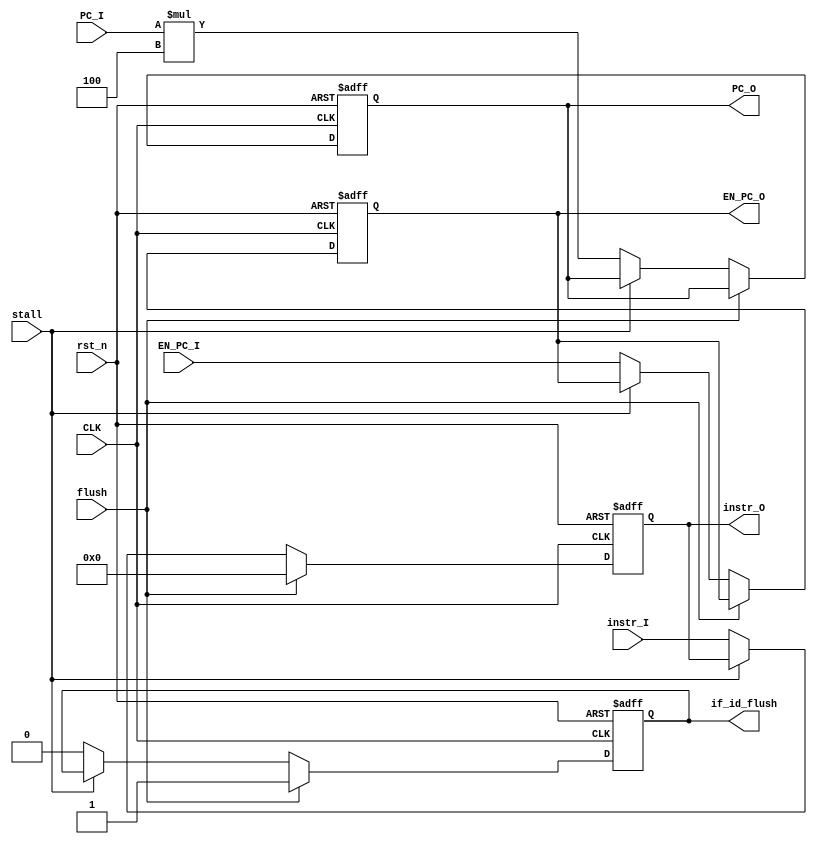
(* DONT_TOUCH = "TRUE" *) module IF_ID_REG 
(
	////////////////////////// INPUT //////////////////////
	input  wire 		CLK,
	input  wire         rst_n,
	// PC src
	input  wire         stall,
	input  wire         EN_PC_I,
	input  wire [31:0] 	PC_I,
	input  wire [31:0]  instr_I,
	input  wire         flush,
	////////////////////////// OUTPUT //////////////////////
	output reg          if_id_flush,
	output reg          EN_PC_O,
	output reg [31:0] 	PC_O,
	output reg [31:0]   instr_O
);
    

always @(posedge CLK,negedge rst_n) begin
	
	if (!rst_n) begin
		PC_O 	    <= 32'b0;
		instr_O     <= 32'b0;
		EN_PC_O     <= 1'b0;
		if_id_flush <= 1'b0;
	end
	else if (flush) begin
		instr_O     <= 32'b0;
		if_id_flush <= 1'b1;
	end
	else if (!stall) begin
		if_id_flush <= 1'b0;
		EN_PC_O     <= EN_PC_I;
		PC_O 	    <= PC_I * 4;
		instr_O     <= instr_I;
	end

end

endmodule